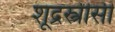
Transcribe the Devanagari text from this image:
शूद्रस्त्रीसी